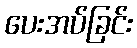
ပေးအပ်ခြင်း